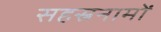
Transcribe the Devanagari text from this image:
सहस्रनामों